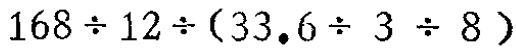
$168\div 12\div(33.6\div 3\div 8)$